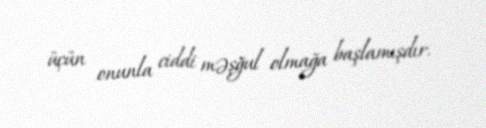
üçün onunla ciddi məşğul olmağa başlamışdır.